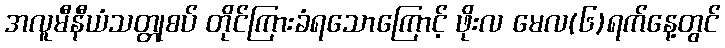
အလူမီနီယံသတ္တုစပ် တိုင်ကြားခံရသောကြောင့် ဖိုးလ မေလ(၆)ရက်နေ့တွင်